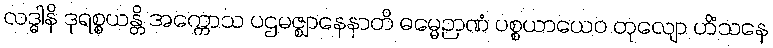
လဒ္ဓါနိ ဒုရစ္စယန္တိ အက္ကောသ ပဌမဇ္ဈာနေနာတိ ဓမ္မေဉာဏံ ပစ္စယာယေဝ တုလျော ဟိံသနေ